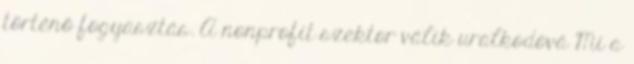
történő fogyasztás. A nonprofit szektor válik uralkodóvá Mi a